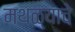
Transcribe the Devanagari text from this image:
मथळ्याचे